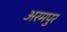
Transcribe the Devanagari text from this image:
अरमपुर